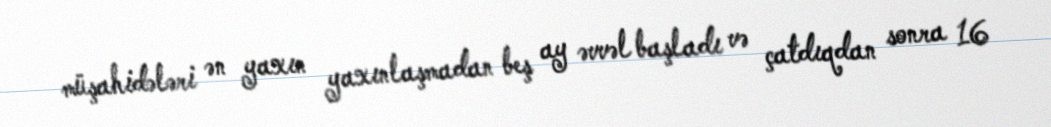
müşahidələri ən yaxın yaxınlaşmadan beş ay əvvəl başladı və çatdıqdan sonra 16